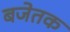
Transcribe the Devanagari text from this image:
बजेतक